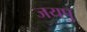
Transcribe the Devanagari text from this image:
जयपु